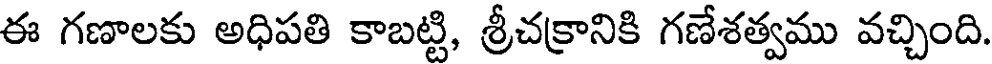
ఈ గణాలకు అధిపతి కాబట్టి, శ్రీచకానికి గణేశత్వము వచ్చింది.